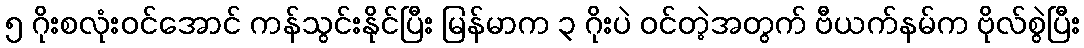
၅ ဂိုးစလုံးဝင်အောင် ကန်သွင်းနိုင်ပြီး မြန်မာက ၃ ဂိုးပဲ ဝင်တဲ့အတွက် ဗီယက်နမ်က ဗိုလ်စွဲပြီး